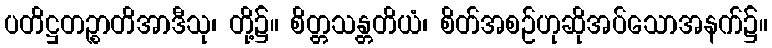
ပတိဋ္ဌတဉ္စာတိအာဒီသု၊ တို့၌။ စိတ္တသန္တတိယံ၊ စိတ်အစဉ်ဟုဆိုအပ်သောအနက်၌။